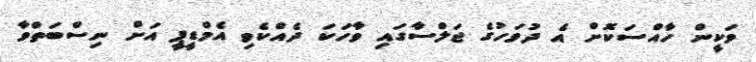
ވަކީން ހާއްސަކޮށް އެ ދުވަހުގެ ޖަލްސާގައި ވާހަކަ ދެއްކެވި އެމްޑީޕީ އަށް ނިސްބަތްވާ